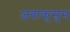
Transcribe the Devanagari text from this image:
जबाकुसुम